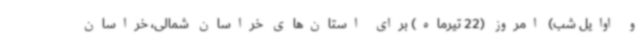
و اوایل شب) امروز (22 تیرماه) برای استان‌های خراسان شمالی، خراسان